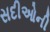
સદીઓની